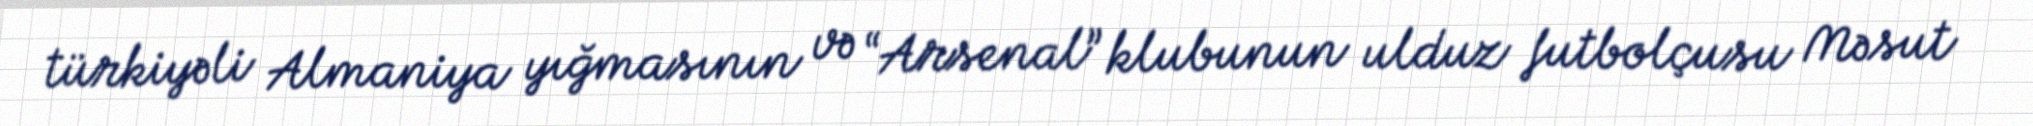
türkiyəli Almaniya yığmasının və “Arsenal” klubunun ulduz futbolçusu Məsut